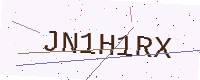
Text: JN1H1RX